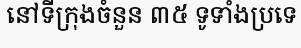
នៅទីក្រុងចំនួន ៣៥ ទូទាំងប្រទេ